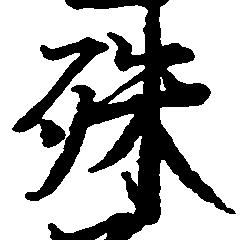
殊